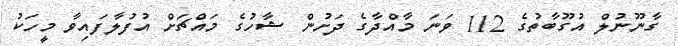
ގާނޫނުލް އުގޫބާތުގެ 112 ވަނަ މާއްދާގެ ދަށުން ޝާހުގެ މައްޗަށް އުފުލާފައިވާ މީހަކު